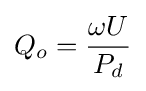
Q_{o}={\frac {\omega U}{P_{d}}}